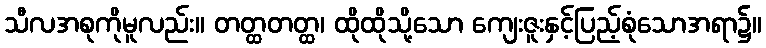
သီလအစုကိုမူလည်း။ တတ္ထတတ္ထ၊ ထိုထိုသို့သော ကျေးဇူးနှင့်ပြည့်စုံသောအရာ၌။